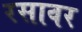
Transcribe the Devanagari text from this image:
रसावर